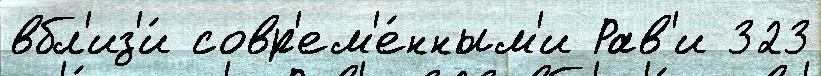
вбл'из'и́ совр'ем'е́нным'и Рав'и 323